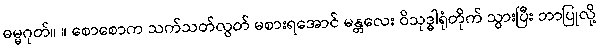
ဓမ္မဂုတ်။ ။ စောစောက သက်သတ်လွတ် မစားရအောင် မန္တလေး ဝိသုဒ္ဓါရုံတိုက် သွားပြီး ဘာပြုလို့